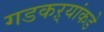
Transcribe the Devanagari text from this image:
गडकऱ्यांकडे